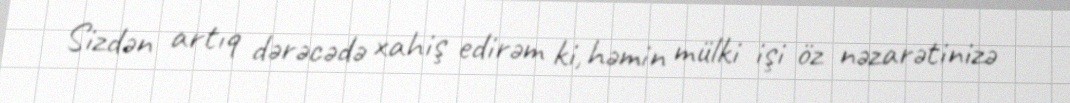
Sizdən artıq dərəcədə xahiş edirəm ki, həmin mülki işi öz nəzarətinizə